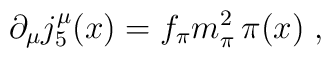
\partial_\mu j_5^\mu (x) = f_\pi m_\pi^2 \, \pi (x) \; ,